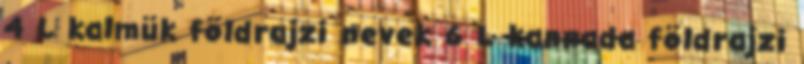
4 L kalmük földrajzi nevek‎ 6 L kannada földrajzi